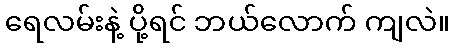
ရေလမ်းနဲ့ ပို့ရင် ဘယ်လောက် ကျလဲ။